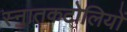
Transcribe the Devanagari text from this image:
स्नातकटोलियों